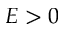
E > 0